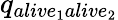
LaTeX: q_{alive_{1}alive_{2}}